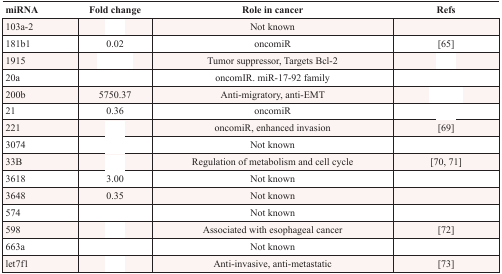
<table><thead><tr><td><b>miRNA</b></td><td><b>Fold change</b></td><td><b>Role in cancer</b></td><td><b>Refs</b></td></tr></thead><tbody><tr><td>103a-2</td><td>[EMPTY_CELL]</td><td>Not known</td><td>[EMPTY_CELL]</td></tr><tr><td>181b1</td><td>0.02</td><td>oncomiR</td><td>[65]</td></tr><tr><td>1915</td><td>[EMPTY_CELL]</td><td>Tumor suppressor, Targets Bcl-2</td><td>[EMPTY_CELL]</td></tr><tr><td>20a</td><td>[EMPTY_CELL]</td><td>oncomIR. miR-17-92 family</td><td>[EMPTY_CELL]</td></tr><tr><td>200b</td><td>5750.37</td><td>Anti-migratory, anti-EMT</td><td>[EMPTY_CELL]</td></tr><tr><td>21</td><td>0.36</td><td>oncomiR</td><td>[EMPTY_CELL]</td></tr><tr><td>221</td><td>[EMPTY_CELL]</td><td>oncomiR, enhanced invasion</td><td>[69]</td></tr><tr><td>3074</td><td>[EMPTY_CELL]</td><td>Not known</td><td>[EMPTY_CELL]</td></tr><tr><td>33B</td><td>[EMPTY_CELL]</td><td>Regulation of metabolism and cell cycle</td><td>[70, 71]</td></tr><tr><td>3618</td><td>3.00</td><td>Not known</td><td>[EMPTY_CELL]</td></tr><tr><td>3648</td><td>0.35</td><td>Not known</td><td>[EMPTY_CELL]</td></tr><tr><td>574</td><td>[EMPTY_CELL]</td><td>Not known</td><td>[EMPTY_CELL]</td></tr><tr><td>598</td><td>[EMPTY_CELL]</td><td>Associated with esophageal cancer</td><td>[72]</td></tr><tr><td>663a</td><td>[EMPTY_CELL]</td><td>Not known</td><td>[EMPTY_CELL]</td></tr><tr><td>let7f1</td><td>[EMPTY_CELL]</td><td>Anti-invasive, anti-metastatic</td><td>[73]</td></tr></tbody></table>